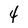
Character: 4